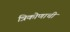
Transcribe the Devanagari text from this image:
त्रिकोणाची